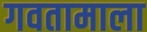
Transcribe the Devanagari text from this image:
गवतामाला